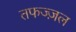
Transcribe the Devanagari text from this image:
तफज्ज़ल